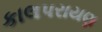
કાલપરાયણ